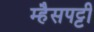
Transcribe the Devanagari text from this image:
म्हैसपट्टी